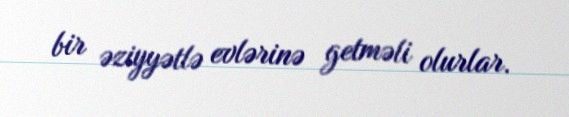
bir əziyyətlə evlərinə getməli olurlar.